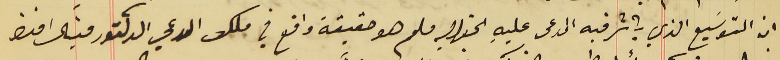
ان التوسَيع الذي باشر فيه المدعى عليهِ الخواجه ملحم هو حقيقة واقع في ملك المدعي الدكتور ميشال افندى